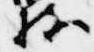
持